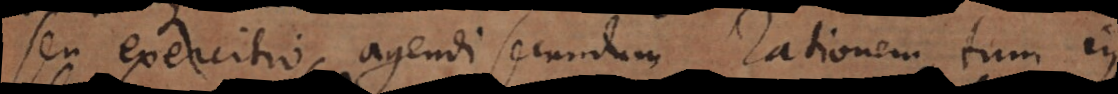
seu exercitio agendi secundum rationem, tum in